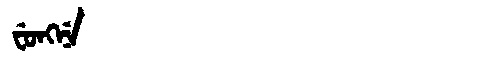
Manchu: ᠸᡠᠩᠨᡝ
Romanization: FUNGNE